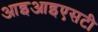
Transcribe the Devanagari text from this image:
आइआइएसटी